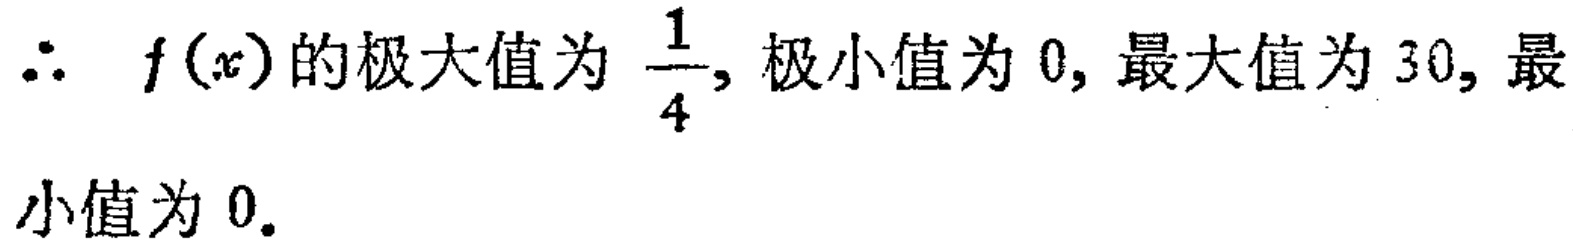
$\therefore\ f(x)的极大值为\frac{1}{4},极小值为0,最大值为30,最小值为0.$